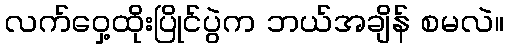
လက်ဝှေ့ထိုးပြိုင်ပွဲက ဘယ်အချိန် စမလဲ။